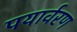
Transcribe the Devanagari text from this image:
पयार्वरण